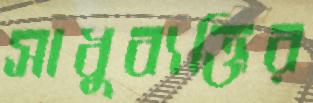
সাধুব্যক্তির